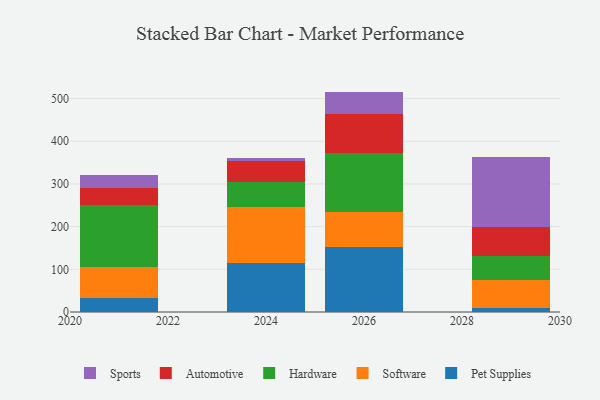
{"axis": {"x": "Year", "y": "Production Output"}, "legend": ["Automotive", "Hardware", "Pet Supplies", "Software", "Sports"], "data": [{"x": "2021", "y": 33.0, "type": "Pet Supplies"}, {"x": "2021", "y": 73.1, "type": "Software"}, {"x": "2021", "y": 145.6, "type": "Hardware"}, {"x": "2021", "y": 39.2, "type": "Automotive"}, {"x": "2021", "y": 31.1, "type": "Sports"}, {"x": "2029", "y": 8.3, "type": "Pet Supplies"}, {"x": "2029", "y": 67.1, "type": "Software"}, {"x": "2029", "y": 56.3, "type": "Hardware"}, {"x": "2029", "y": 68.5, "type": "Automotive"}, {"x": "2029", "y": 162.2, "type": "Sports"}, {"x": "2024", "y": 114.1, "type": "Pet Supplies"}, {"x": "2024", "y": 130.9, "type": "Software"}, {"x": "2024", "y": 59.6, "type": "Hardware"}, {"x": "2024", "y": 50.0, "type": "Automotive"}, {"x": "2024", "y": 6.0, "type": "Sports"}, {"x": "2026", "y": 152.4, "type": "Pet Supplies"}, {"x": "2026", "y": 82.7, "type": "Software"}, {"x": "2026", "y": 138.3, "type": "Hardware"}, {"x": "2026", "y": 89.7, "type": "Automotive"}, {"x": "2026", "y": 53.3, "type": "Sports"}]}